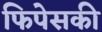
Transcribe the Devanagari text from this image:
फिपेसकी